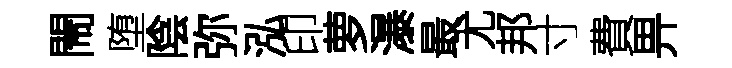
閙堕陰弥泓印萝瀑最尤邦寸費畀